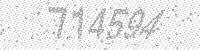
Solution: 714594